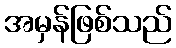
အမှန်ဖြစ်သည်